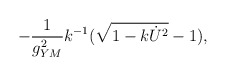
\begin{align*}-{1\over g^2_{YM}}k^{-1}(\sqrt{1-k\dot{U}^2}-1) ,\end{align*}